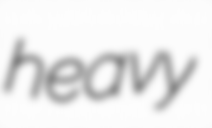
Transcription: heavy